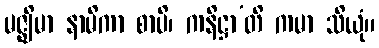
မဇ္ဈိမာ နာမိကာ စာပိ၊ ကနိဋ္ဌာ’တိ ကမာ သိယုံ။